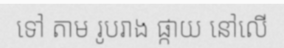
ទៅ តាម រូបរាង ផ្កាយ នៅលើ